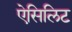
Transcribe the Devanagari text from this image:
ऐसिलिट